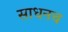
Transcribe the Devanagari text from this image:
साधनच